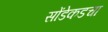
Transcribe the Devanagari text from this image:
सोंडेकडचा